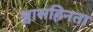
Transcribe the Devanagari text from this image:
श्वासहिनता